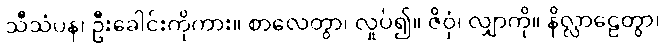
သီသံပန၊ ဦးခေါင်းကိုကား။ စာလေတွာ၊ လှုပ်၍။ ဇိဝှံ၊ လျှာကို။ နိလ္လာဠေတွာ၊